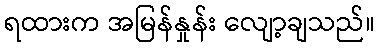
ရထားက အမြန်နှုန်း လျော့ချသည်။